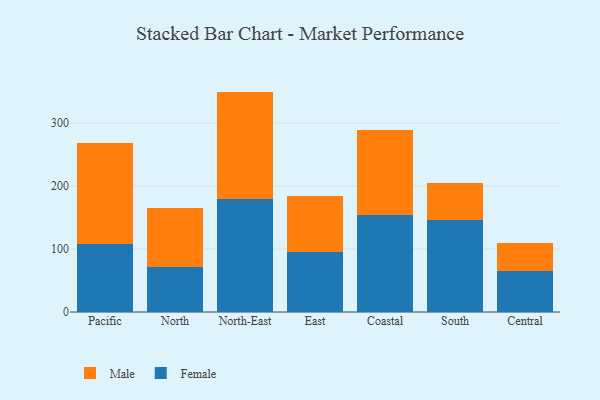
{"axis": {"x": "Region", "y": "Gross Profit (USD K)"}, "legend": ["Female", "Male"], "data": [{"x": "Pacific", "y": 108.1, "type": "Female"}, {"x": "Pacific", "y": 160.3, "type": "Male"}, {"x": "North", "y": 72.0, "type": "Female"}, {"x": "North", "y": 92.4, "type": "Male"}, {"x": "North-East", "y": 178.7, "type": "Female"}, {"x": "North-East", "y": 171.3, "type": "Male"}, {"x": "East", "y": 95.3, "type": "Female"}, {"x": "East", "y": 88.4, "type": "Male"}, {"x": "Coastal", "y": 153.6, "type": "Female"}, {"x": "Coastal", "y": 134.9, "type": "Male"}, {"x": "South", "y": 146.8, "type": "Female"}, {"x": "South", "y": 58.4, "type": "Male"}, {"x": "Central", "y": 64.9, "type": "Female"}, {"x": "Central", "y": 45.0, "type": "Male"}]}